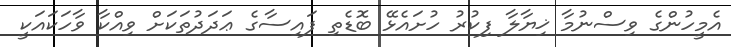
އެމީހުންގެ ވިސްނުމާ ޚިޔާލާ ފިކުރު ހުށައެޅޭ ބޮޑެތި ފައިސާގެ ޢަދަދުތަކަށް ވިއްކާ ވާހަކައަކީ